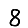
Digit: 8